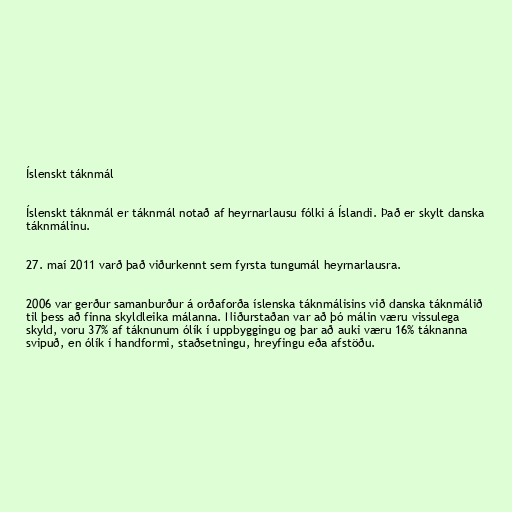
Íslenskt táknmál

Íslenskt táknmál er táknmál notað af heyrnarlausu fólki á Íslandi. Það er skylt danska
táknmálinu.

27. maí 2011 varð það viðurkennt sem fyrsta tungumál heyrnarlausra.

2006 var gerður samanburður á orðaforða íslenska táknmálisins við danska táknmálið
til þess að finna skyldleika málanna. Niðurstaðan var að þó málin væru vissulega
skyld, voru 37% af táknunum ólík í uppbyggingu og þar að auki væru 16% táknanna
svipuð, en ólík í handformi, staðsetningu, hreyfingu eða afstöðu.